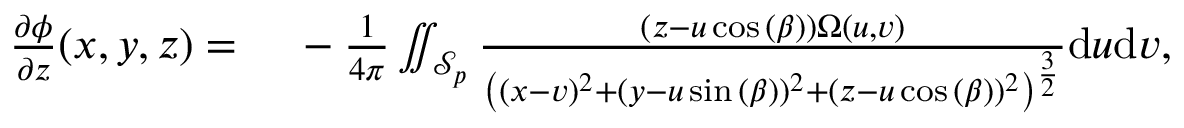
\begin{array} { r l } { \frac { \partial \phi } { \partial z } ( x , y , z ) = { } } & { { } - \frac { 1 } { 4 \pi } \iint _ { \mathcal { S } _ { p } } \frac { ( z - u \cos { ( \beta ) } ) \Omega ( u , v ) } { \left( ( x - v ) ^ { 2 } + ( y - u \sin { ( \beta ) } ) ^ { 2 } + ( z - u \cos { ( \beta ) } ) ^ { 2 } \right) ^ { \frac { 3 } { 2 } } } \mathrm { d } u \mathrm { d } v , } \end{array}